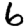
Digit: 6